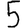
Digit: 5